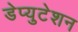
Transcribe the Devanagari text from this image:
डेप्युटेशन